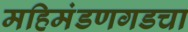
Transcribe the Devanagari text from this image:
महिमंडणगडचा